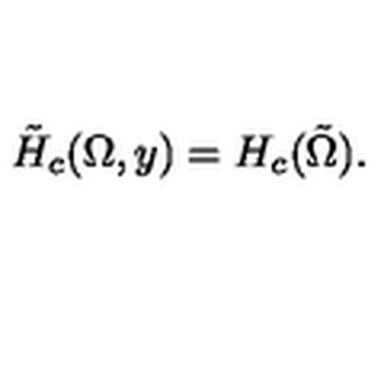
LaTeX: \tilde { H } _ { c } ( \Omega , y ) = H _ { c } ( \tilde { \Omega } ) .